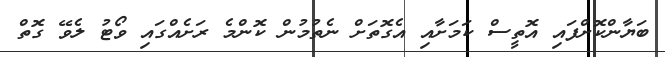
ބަޔާންކޮށްފައި އޮތީސް ކަމަށާއި އެގޮތަށް ނެތުމުން ކޮންމެ ރަށެއްގައި ވޯޓު ލެވޭ ގޮތް